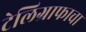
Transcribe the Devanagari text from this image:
टेलिग्राफाचा